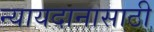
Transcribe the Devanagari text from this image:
न्यायदानासाठी